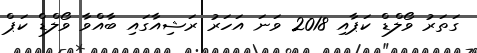
ގަތަރު ވޯލްޑް ކަޕާއި 2018 ވަނަ އަހަރު ރަޝިއާގައި ބާއްވާ ވޯލްޑް ކަޕް